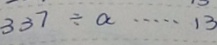
3 3 7 \div a \cdots 1 3